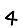
Digit: 4